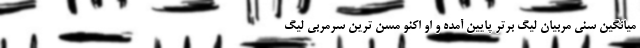
میانگین سنی مربیان لیگ برتر پایین آمده و او اکنو مسن ترین سرمربی لیگ